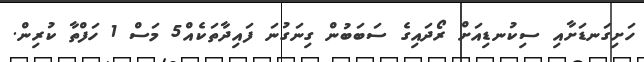
ހަށިގަނޑަށާއި ސިކުނޑިއަށް ރޯދައިގެ ސަބަބުން ގިނަގުނަ ފައިދާތަކެއް5 މަސް 1 ހަފްތާ ކުރިން.